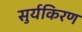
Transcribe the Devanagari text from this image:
सुर्यकिरण